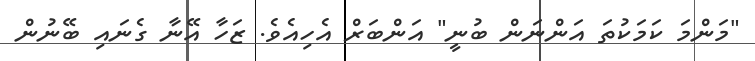
"މަންމަ ކަމަކުތަ އަންނަން ބުނީ" އަންބަރް އެހިއެވެ. ޒަހާ އޭނާ ގެނައި ބޭނުން